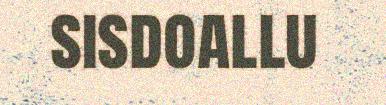
sisdoallu